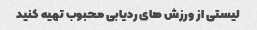
لیستی از ورزش های ردیابی محبوب تهیه کنید